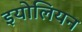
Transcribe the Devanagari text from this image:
इयोलियन